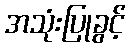
အသုံးပြုခွင့်